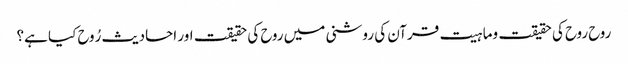
روح روح کی حقیقت وماہیت قرآن کی روشنی میں روح کی حقیقت اور احادیث رُوح کیا ہے؟